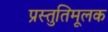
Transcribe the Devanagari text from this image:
प्रस्तुतिमूलक